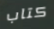
كتاب